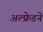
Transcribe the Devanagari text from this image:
अल्फ्रेडने